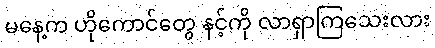
မနေ့က ဟိုကောင်တွေ နင့်ကို လာရှာကြသေးလား